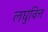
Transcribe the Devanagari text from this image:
लघुवित्त